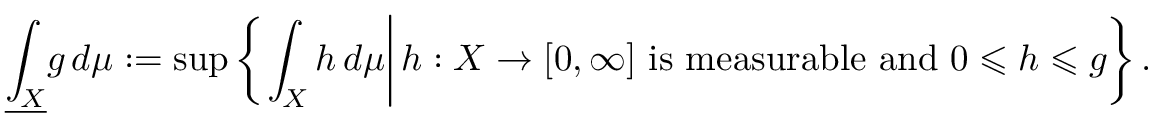
{ \underline { { \int _ { X } } } } g \, d \mu : = \operatorname* { s u p } \left\{ \left. \int _ { X } h \, d \mu \right| h : X \to [ 0 , \infty ] { \mathrm { ~ i s ~ m e a s u r a b l e ~ a n d ~ } } 0 \leqslant h \leqslant g \right\} .